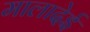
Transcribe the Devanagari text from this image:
मालादेई